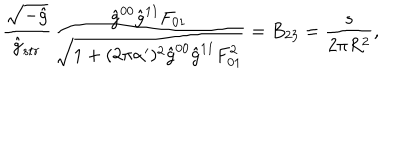
\frac { \sqrt { - \hat { g } } } { \hat { g } _ { s t r } } \frac { \hat { g } ^ { 0 0 } \hat { g } ^ { 1 1 } F _ { 0 1 } } { \sqrt { 1 + ( 2 \pi \alpha ^ { \prime } ) ^ { 2 } \hat { g } ^ { 0 0 } \hat { g } ^ { 1 1 } F _ { 0 1 } ^ { 2 } } } = B _ { 2 3 } = \frac { s } { 2 \pi R ^ { 2 } } ,